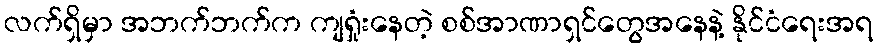
လက်ရှိမှာ အဘက်ဘက်က ကျရှုံးနေတဲ့ စစ်အာဏာရှင်တွေအနေနဲ့ နိုင်ငံရေးအရ